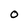
Character: 0